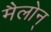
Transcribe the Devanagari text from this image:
मैलोन्